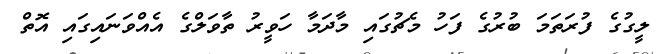
ލީގުގެ ފުރަތަމަ ބުރުގެ ފަހު މެޗުގައި މާދަމާ ހަވީރު ތާވަލްގެ އެއްވަނައިގައި އޮތް